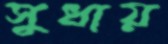
সুধায়